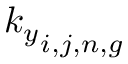
{ k _ { y } } _ { i , j , n , g }